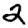
Digit: 2